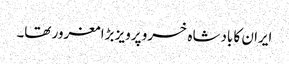
ایران کا بادشاہ خسرو پرویز بڑا مغرور تھا۔